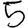
Digit: 5